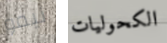
نيمو الكحوليات